Report on enteric fever
Disease focus: Fever
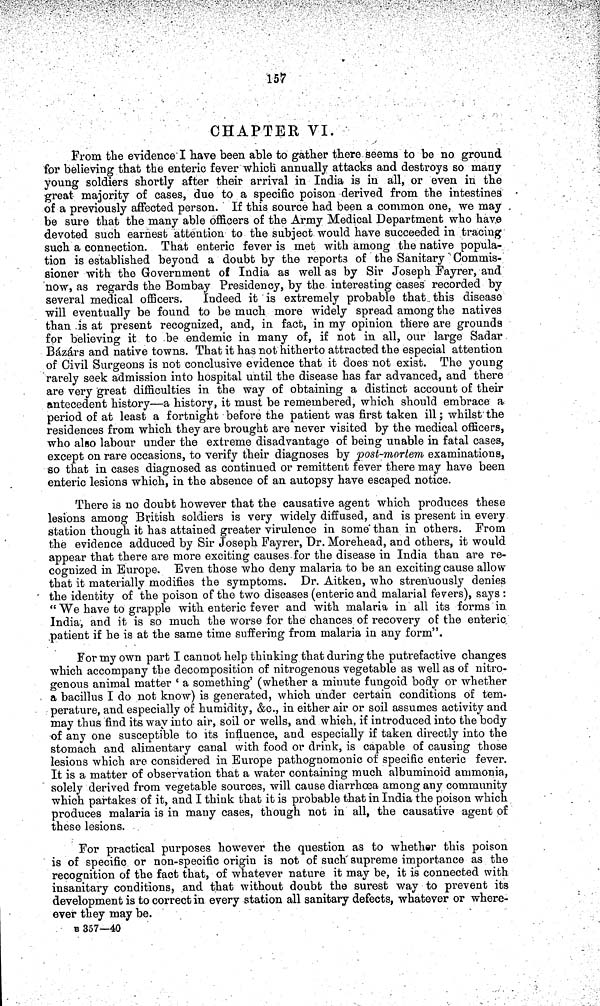
157
CHAPTEK VI.
From the evidence I have been able to gather there seems to be no ground
for believing that the enteric fever which annually attacks and destroys so many
young soldiers shortly after their arrival in India is in all, or even in the
great majority of cases, due to a specific poison derived from the intestines
of a previously affected person. If this source had been a common one, we may
be sure that the many able officers of the Army Medical Department who have
devoted such earnest attention to the subject would have succeeded in tracing
such a connection. That enteric fever is met with among the native popula-
tion is established beyond a doubt by the reports of the Sanitary Commis-
sioner with the Government of India as well as by Sir Joseph Fayrer, and
now, as regards the Bombay Presidency, by the interesting cases recorded by
several medical officers.
Indeed it is extremely probable that this disease
will eventually be found to be much more widely spread among the natives
than is at present recognized, and, in fact, in my opinion there are grounds
for believing it to be endemic in many of, if not in all, our large Sadar
Bázárs and native towns. That it has not hitherto attracted the especial attention
of Civil Surgeons is not conclusive evidence that it does not exist. The young
rarely seek admission into hospital until the disease has far advanced, and there
are very great difficulties in the way of obtaining a distinct account of their
antecedent history—a history, it must be remembered, which should embrace a
period of at least a fortnight before the patient was first taken ill; whilst the
residences from which they are brought are never visited by the medical officers,
who also labour under the extreme disadvantage of being unable in fatal cases,
except on rare occasions, to verify their diagnoses by post-mortem examinations,
so that in cases diagnosed as continued or remittent fever there may have been
enteric lesions which, in the absence of an autopsy have escaped notice.
There is no doubt however that the causative agent which produces these
lesions among British soldiers is very widely diffused, and is present in every
station though it has attained greater virulence in some than in others. From
the evidence adduced by Sir Joseph Fayrer, Dr. Morehead, and others, it would
appear that there are more exciting causes for the disease in India than are re-
cognized in Europe. Even those who deny malaria to be an exciting cause allow
that it materially modifies the symptoms. Dr. Aitken, who strenuously denies
the identity of the poison of the two diseases (enteric and malarial fevers), says :
" We have to grapple with enteric fever and with malaria in all its forms in
India, and it is so much the worse for the chances of recovery of the enteric
patient if he is at the same time suffering from malaria in any form".
For my own part I cannot help thinking that during the putrefactive changes
which accompany the decomposition of nitrogenous vegetable as well as of nitro-
genous animal matter ' a something' (whether a minute fungoid body or whether
a bacillus I do not know) is generated, which under certain conditions of tem-
perature, and especially of humidity, &c., in either air or soil assumes activity and
may thus find its way into air, soil or wells, and which, if introduced into the body
of any one susceptible to its influence, and especially if taken directly into the
stomach and alimentary canal with food or drink, is capable of causing those
lesions which are considered in Europe pathognomonic of specific enteric fever.
It is a matter of observation that a water containing much albuminoid ammonia,
solely derived from vegetable sources, will cause diarrhoea among any community
which partakes of it, and I think that it is probable that in India the poison which
produces malaria is in many cases, though not in all, the causative agent of
these lesions.
For practical purposes however the question as to whether this poison
is of specific or non-specific origin is not of such supreme importance as the
recognition of the fact that, of whatever nature it may be, it is connected with
insanitary conditions, and that without doubt the surest way to prevent its
development is to correct in every station all sanitary defects, whatever or where
ever they may be.
B 357—40